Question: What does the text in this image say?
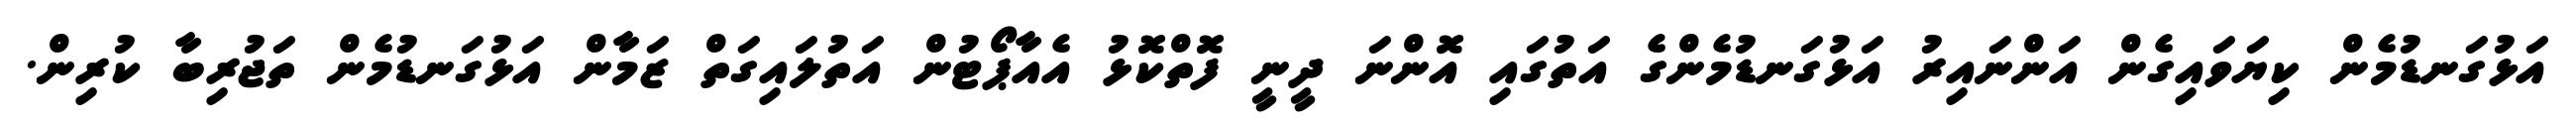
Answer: އަޅުގަނޑުމެން ކިޔަވައިގެން އަންނައިރު އަޅުގަނޑުމެންގެ އަތުގައި އޮންނަ ދީނީ ފޮތްކޮޅު އެއާޕޯޓުން އަތުލައިގަތް ޒަމާން އަޅުގަނޑުމެން ތަޖުރިބާ ކުރިން.